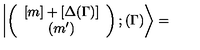
\left| \left( \begin{array} { c c } { [ m ] + [ \Delta ( \Gamma ) ] } \\ { ( m ^ { \prime } ) } \\ \end{array} \right) ; ( \Gamma ) \right\rangle =